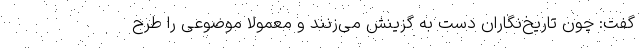
گفت: چون تاریخ‌نگاران دست به گزینش می‌زنند و معمولاً موضوعی را طرح